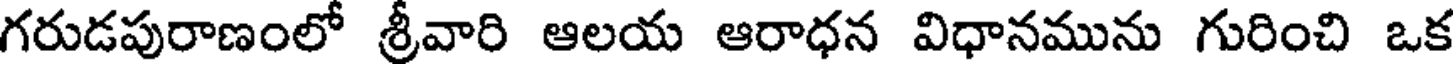
గరుడపురాణంలో శ్రీవారి ఆలయ ఆరాధన విధానమును గురించి ఒక